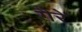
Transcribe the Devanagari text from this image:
गैरे